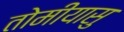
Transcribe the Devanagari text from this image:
तोमीयासु